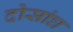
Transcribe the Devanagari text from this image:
दोसांघ